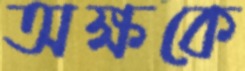
অক্ষকে